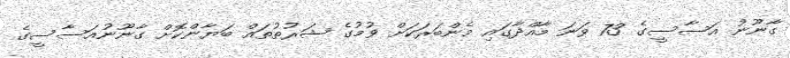
ގާނޫނު އަސާސީގެ 73 ވަނަ މާއްދާގައި މެންބަރަކަށް ވުމުގެ ޝަރުތުތައް ބަޔާންކޮށް ގާނޫނުއަސާސީގެ